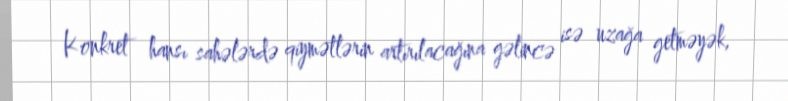
Konkret hansı sahələrdə qiymətlərin artırılacağına gəlincə isə uzağa getməyək,